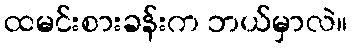
ထမင်းစားခန်းက ဘယ်မှာလဲ။